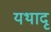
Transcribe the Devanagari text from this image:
यथादृ